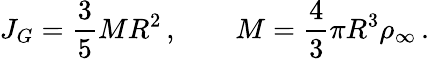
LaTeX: J_{G}=\frac{3}{5}MR^{2}\, ,\qquad M=\frac{4}{3}\pi R^{3}\rho_{\infty}\, .